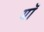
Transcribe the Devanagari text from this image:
यॉ